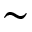
\sim